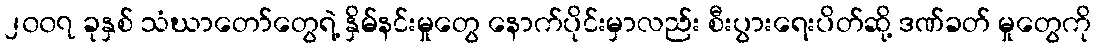
၂၀၀၇ ခုနှစ် သံဃာတော်တွေရဲ့ နှိမ်နင်းမှုတွေ နောက်ပိုင်းမှာလည်း စီးပွားရေးပိတ်ဆို့ ဒဏ်ခတ် မှုတွေကို